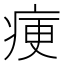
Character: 㾘